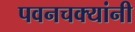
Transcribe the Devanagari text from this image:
पवनचक्यांनी